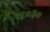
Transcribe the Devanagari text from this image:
४०३०